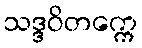
သဒ္ဒဝိတက္ကေ